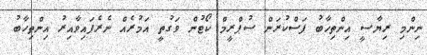
ނިންމި ރިޔާސީ އިންތިޚާބު ފަސްކުރަން ސުޕްރީމް ކޯޓުން ވަގުތީ އަމުރެއް ނެރެފައިވާއިރު އިންތިހާބު